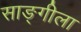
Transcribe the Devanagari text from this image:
साङ्गीला